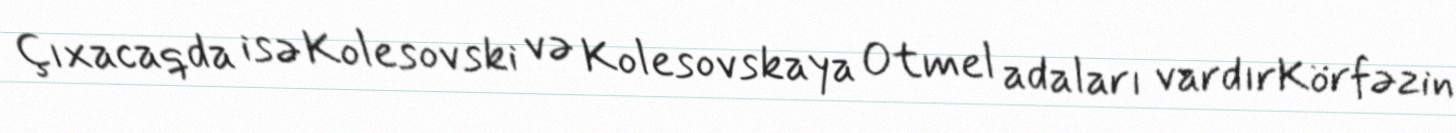
Çıxacaqda isə Kolesovski və Kolesovskaya Otmel adaları vardırKörfəzin